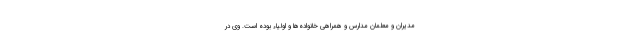
مدیران و معلمان مدارس و همراهی خانواده‌ها و اولیاء بوده است. وی در